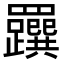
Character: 𦍂